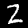
Label: 2